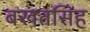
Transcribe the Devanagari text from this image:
बखतसिंह